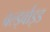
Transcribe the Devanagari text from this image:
वर्ल्ड्वाइड